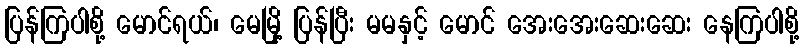
ပြန်ကြပါစို့ မောင်ရယ်၊ မေမြို့ ပြန်ပြီး မမနှင့် မောင် အေးအေးဆေးဆေး နေကြပါစို့